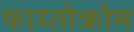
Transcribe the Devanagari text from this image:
फाय्तोक्रोम